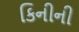
કિનીની